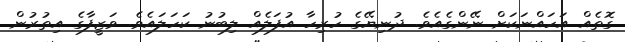
ގޮތެއް އަހައްނަކަށް ނޭންގެއެވެ. ދުނިޔޭގެ ހުރިހާ އުފަލެއް ލިބުނު ކަހަލައެވެ. ވަޒީފާގެ އިތުރުން